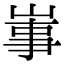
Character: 𡸪